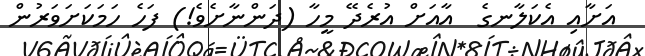
އަށާއި އެކަލާނގެ  އާއަށް އުރެދޭ މީހާ (ދަންނާށެވެ!) ފަހެ ހަމަކަށަވަރުން